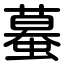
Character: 蟇